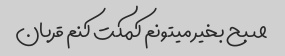
صبح بخیر میتونم کمکت کنم قربان